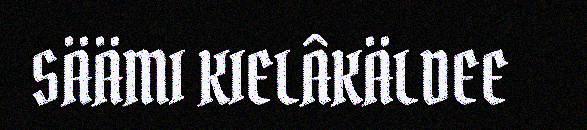
SÄÄMI KIELÂKÄLDEE